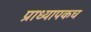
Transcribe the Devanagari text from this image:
प्राध्यापकच